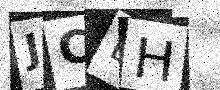
Text: JCEH